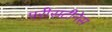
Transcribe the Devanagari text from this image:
परीसटीनेस